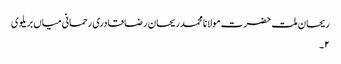
ریحان ملت حضرت مولانا محمد ریحان رضا قادری رحمانی میاں بریلوی
۲۔